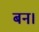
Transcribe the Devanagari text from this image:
बन।